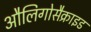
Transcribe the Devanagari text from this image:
औलिगोसैक्राइड